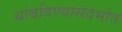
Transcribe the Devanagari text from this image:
थांबविण्यासंदर्भात